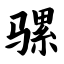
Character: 骡